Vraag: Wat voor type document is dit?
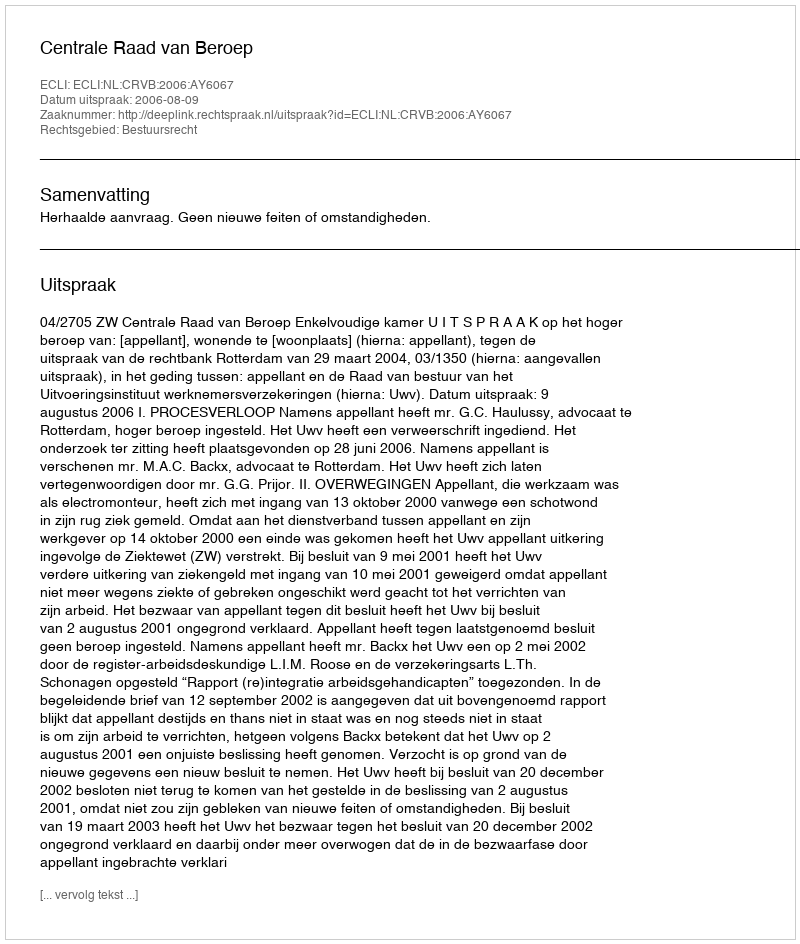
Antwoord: Uitspraak